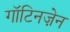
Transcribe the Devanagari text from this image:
गॉटिनज़ेन